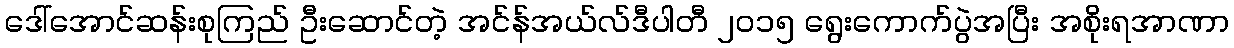
ဒေါ်အောင်ဆန်းစုကြည် ဦးဆောင်တဲ့ အင်န်အယ်လ်ဒီပါတီ ၂၀၁၅ ရွေးကောက်ပွဲအပြီး အစိုးရအာဏာ